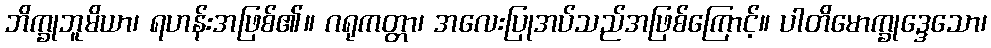
ဘိက္ခုဘူမိယာ၊ ရဟန်းအဖြစ်၏။ ဂရုကတ္တာ၊ အလေးပြုအပ်သည်အဖြစ်ကြောင့်။ ပါတိမောက္ခုဒ္ဒေသော၊